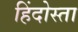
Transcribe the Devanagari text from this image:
हिंदोस्ता